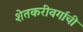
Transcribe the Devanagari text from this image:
शेतकरीवर्गाची